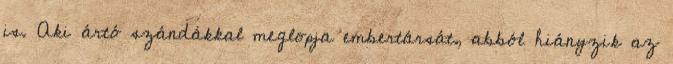
is. Aki ártó szándákkal meglopja embertársát, abból hiányzik az